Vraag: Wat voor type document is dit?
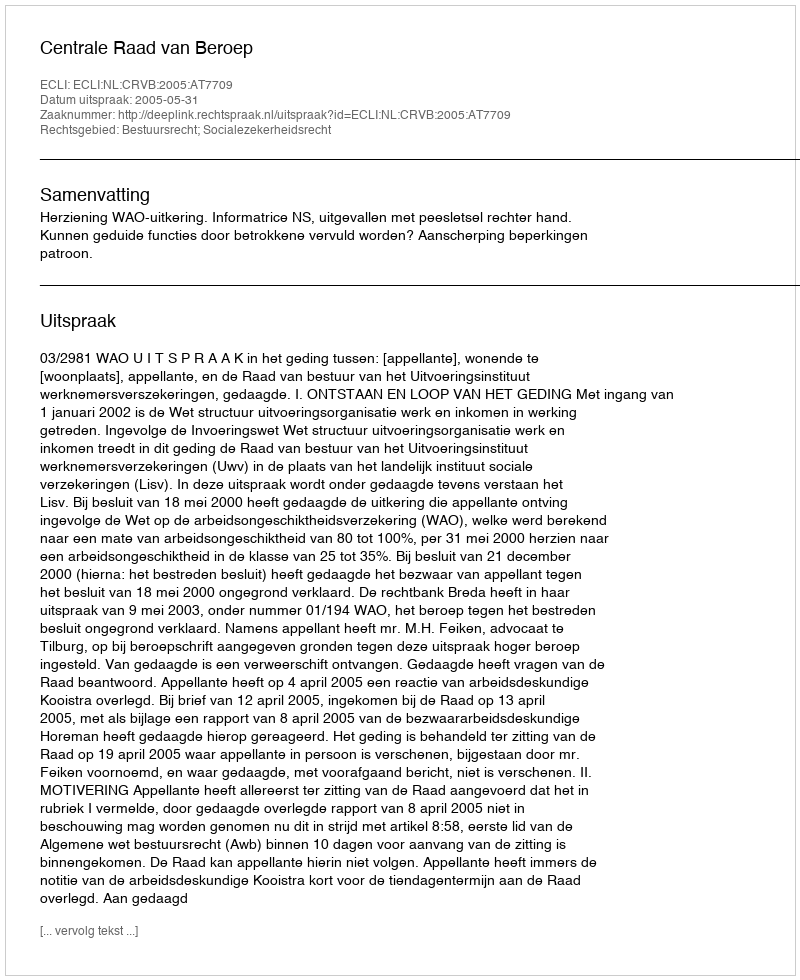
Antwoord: Uitspraak